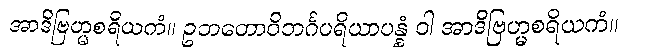
အာဒိဗြဟ္မစရိယကံ။ ဥဘတောဝိဘင်္ဂပရိယာပန္နံ ဝါ အာဒိဗြဟ္မစရိယကံ။